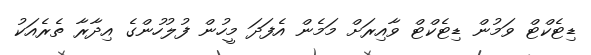
ޑިޓެކްޓް ވަމުން ޑިޓެކްޓް ވާއިރަށް މަމެން އެފަދަ މީހުން ފުލުހުންގެ އިދާރާ ތެެރެއަކު